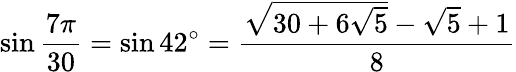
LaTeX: \sin{\frac{7\pi}{30}}=\sin 42^{\circ}={\frac{{\sqrt{30+6{\sqrt{5}}}}-{\sqrt{5}}+1}{8}}